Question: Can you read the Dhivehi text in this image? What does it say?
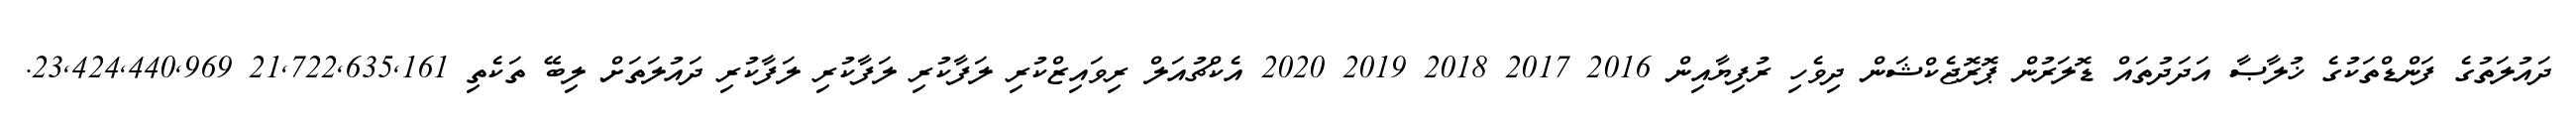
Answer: ދައުލަތުގެ ފަންޑްތަކުގެ ޚުލާޞާ އަދަދުތައް ޑޮލަރުން ޕޮރޮޖެކްޝަން ދިވެހި ރުފިޔާއިން 2016 2017 2018 2019 2020 އެކްޗުއަލް ރިވައިޒްކުރި ލަފާކުރި ލަފާކުރި ލަފާކުރި ދައުލަތަށް ލިބޭ ތަކެތި 21,722,635,161 23,424,440,969.